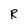
Character: R